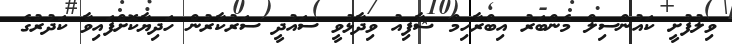
ވިލުފުށީ ކައުންސިލް މެންބަރު އިބްރާހިމް ޝާފިއު ވިދާޅުވީ ސައުދީ ސަރުކާރުން ހަދިޔާކޮށްފައިވާ ކަދުރުގެ